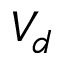
V _ { d }